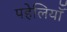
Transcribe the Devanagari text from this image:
पहेलियॉंँ